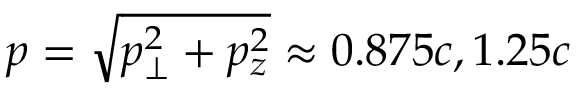
p = \sqrt { p _ { \perp } ^ { 2 } + p _ { z } ^ { 2 } } \approx 0 . 8 7 5 c , 1 . 2 5 c